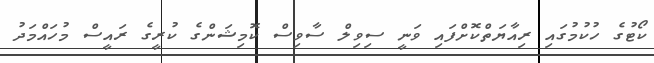
ކޯޓުގެ ހުކުމުގައި ރިއާޔަތްކޮށްފައި ވަނީ ސިވިލް ސާވިސް ކޮމިޝަންގެ ކުރީގެ ރައީސް މުހައްމަދު